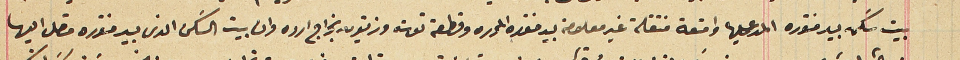
بيت سَكن بيد منتوره المدعى عليها واقعة منتقلة غير معلومة بيد منتوره المحرره وقطعة توت وزيتون بخراج ارده طرف بيت السَكن الذى بيد منتوره متصل اليها